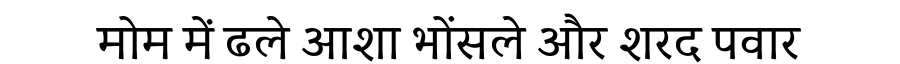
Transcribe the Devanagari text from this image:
मोम में ढले आशा भोंसले और शरद पवार